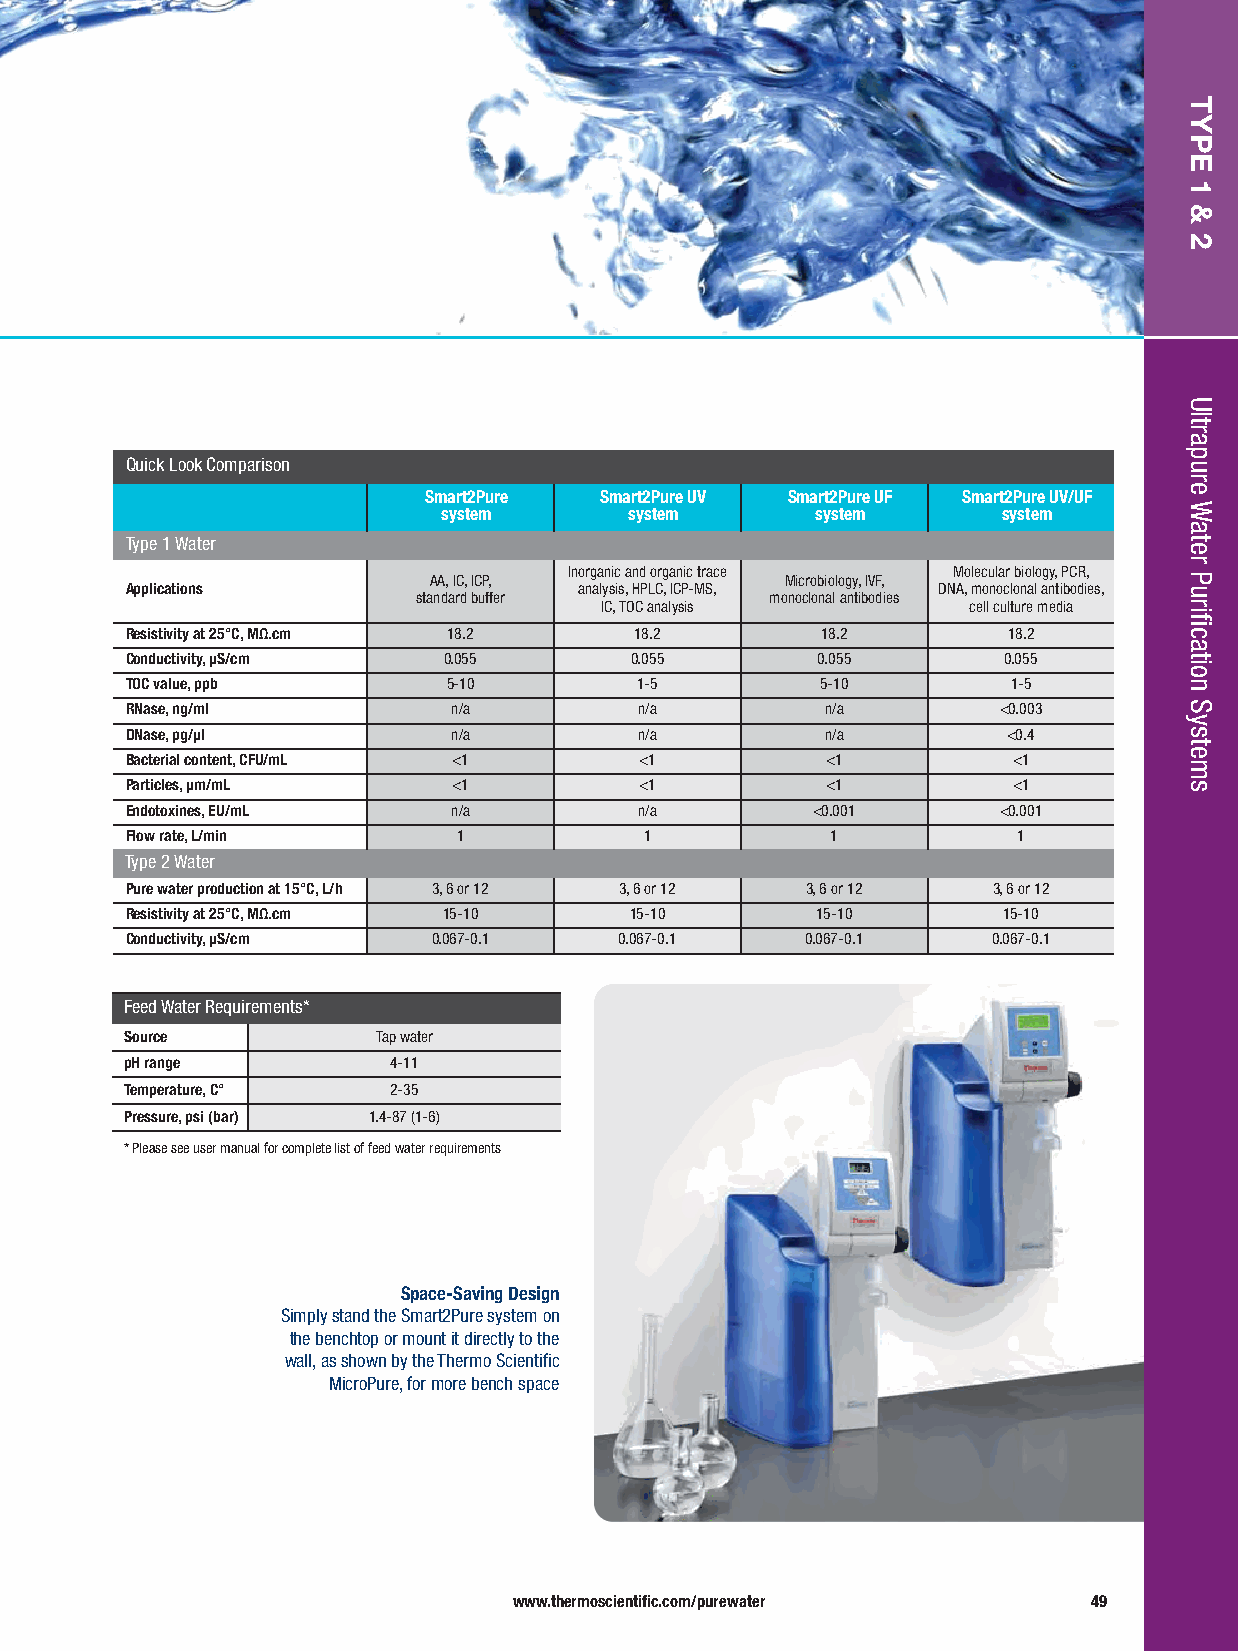
Quick Look Comparison
 Smart2Pure  Smart2Pure UV Smart2Pure UF Smart2Pure UV/UF
 system       system      system      system
 Type 1 Water
 Inorganic and organic trace Molecular biology, PCR,
 AA, IC, ICP,            Microbiology, IVF,
 Applications                  analysis, HPLC, ICP-MS, DNA, monoclonal antibodies,
 standard buffer        monoclonal antibodies
 IC, TOC analysis        cell culture media
 Resistivity at 25°C, MΩ.cm 18.2   18.2        18.2         18.2
 Conductivity, μS/cm  0.055        0.055       0.055       0.055
 TOC value, ppb        5-10        1-5         5-10         1-5
 RNase, ng/ml          n/a         n/a          n/a        <0.003
 DNase, pg/μl          n/a         n/a          n/a         <0.4
 Bacterial content, CFU/mL <1      <1           <1          <1
 Particles, μm/mL      <1          <1           <1          <1
 Endotoxines, EU/mL    n/a         n/a         <0.001      <0.001
 Flow rate, L/min      1            1           1           1
 T ype 2 Water
 Pure water production at 15°C, L/h 3, 6 or 12 3, 6 or 12 3, 6 or 12 3, 6 or 12
 Resistivity at 25°C, MΩ.cm 15-10  15-10       15-10       15-10
 Conductivity, μS/cm  0.067-0.1   0.067-0.1   0.067-0.1    0.067-0.1
 Feed Water Requirements*
 Source           Tap water
 pH range          4-11
 Temperature, C°   2-35
 Pressure, psi (bar) 1.4-87 (1-6)
 * Please see user manual for complete list of feed water requirements
 Space-Saving Design
 Simply stand the Smart2Pure system on
 the benchtop or mount it directly to the
 wall, as shown by the Thermo Scientific
 MicroPure, for more bench space
 www.thermoscientific.com/purewater    49
 TYPE
 1
 &
 2
 Ultrapure
 Water
 Purification
 Systems